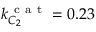
k _ { C _ { 2 } } ^ { \mathrm { ~ c ~ a ~ t ~ } } = 0 . 2 3